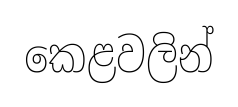
කෙළවලින්